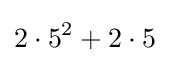
2\cdot 5^{2}+2\cdot 5